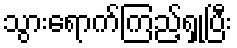
သွားရောက်ကြည့်ရှုပြီး